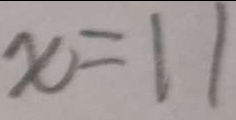
x = 1 1